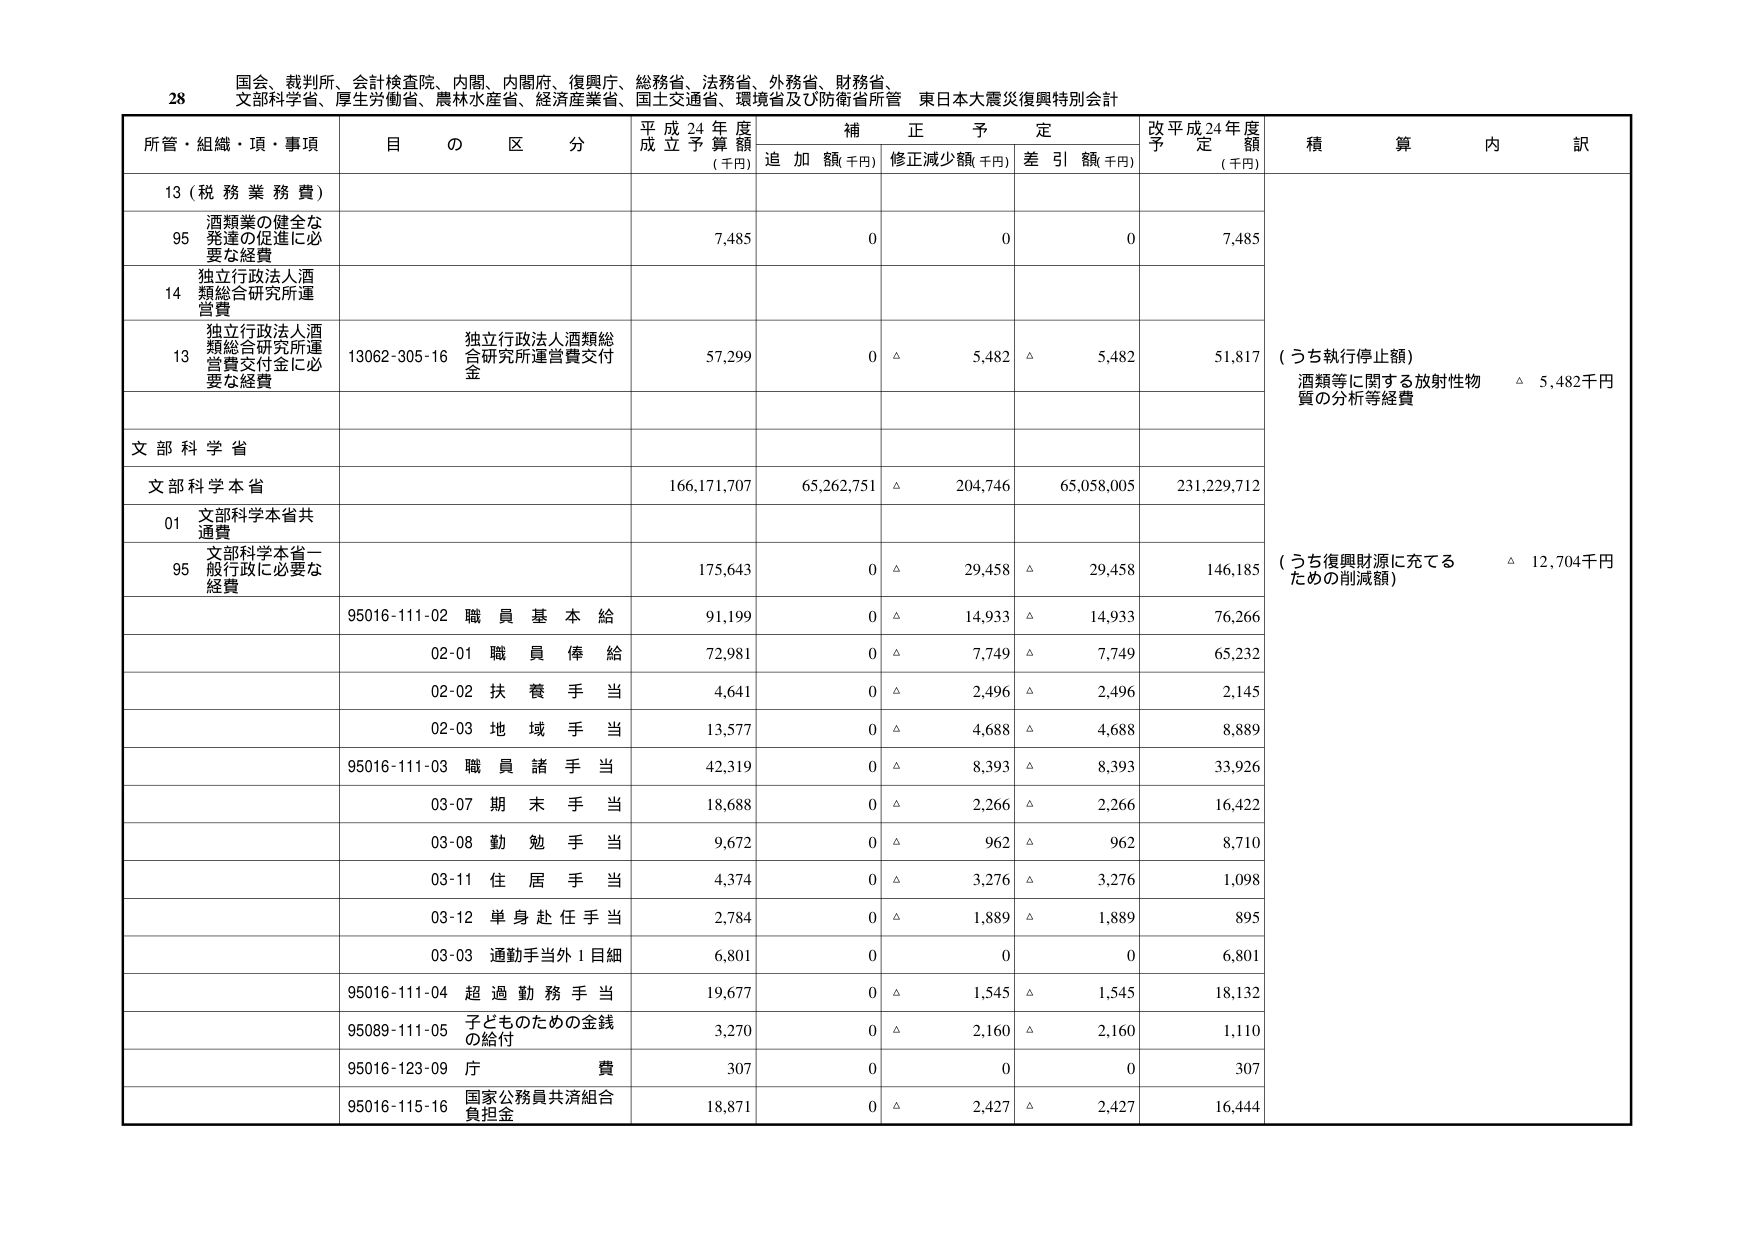
28 国会、裁判所、会計検査院、内閣、内閣府、復興庁、総務省、法務省、外務省、財務省、
文部科学省、厚生労働省、農林水産省、経済産業省、国土交通省、環境省及び防衛省所管 東日本大震災復興特別会計

所管・組織・項・事項 目 の 区 分 平成24年度 成立予算額 (千円) 補正予定 追加額(千円) 修正減少額(千円) 差引額(千円) 改平成24年度 予定額 (千円) 積算内訳

13 (税務業務費)
95 酒類業の健全な発達の促進に必要な経費 7,485 0 0 0 7,485

14 独立行政法人酒類総合研究所運営費

13 独立行政法人酒類総合研究所運営費交付金に必要な経費 13062-305-16 独立行政法人酒類総合研究所運営費交付金 57,299 0 △ 5,482 △ 5,482 51,817 (うち執行停止額) 酒類等に関する放射性物質の分析等経費 △ 5,482千円

文部科学省

文部科学本省 166,171,707 65,262,751 △ 204,746 65,058,005 231,229,712

01 文部科学本省共通費

95 文部科学本省一般行政に必要な経費 175,643 0 △ 29,458 △ 29,458 146,185 (うち復興財源に充てるための削減額) △ 12,704千円

95016-111-02 職員基本給 91,199 0 △ 14,933 △ 14,933 76,266

02-01 職員俸給 72,981 0 △ 7,749 △ 7,749 65,232

02-02 扶養手当 4,641 0 △ 2,496 △ 2,496 2,145

02-03 地域手当 13,577 0 △ 4,688 △ 4,688 8,889

95016-111-03 職員諸手当 42,319 0 △ 8,393 △ 8,393 33,926

03-07 期末手当 18,688 0 △ 2,266 △ 2,266 16,422

03-08 勤勉手当 9,672 0 △ 962 △ 962 8,710

03-11 住居手当 4,374 0 △ 3,276 △ 3,276 1,098

03-12 単身赴任手当 2,784 0 △ 1,889 △ 1,889 895

03-03 通勤手当外1目細 6,801 0 0 0 6,801

95016-111-04 超過勤務手当 19,677 0 △ 1,545 △ 1,545 18,132

95089-111-05 子どものための金銭の給付 3,270 0 △ 2,160 △ 2,160 1,110

95016-123-09 庁費 307 0 0 0 307

95016-115-16 国家公務員共済組合負担金 18,871 0 △ 2,427 △ 2,427 16,444